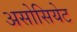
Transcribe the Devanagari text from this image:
असोसियेट